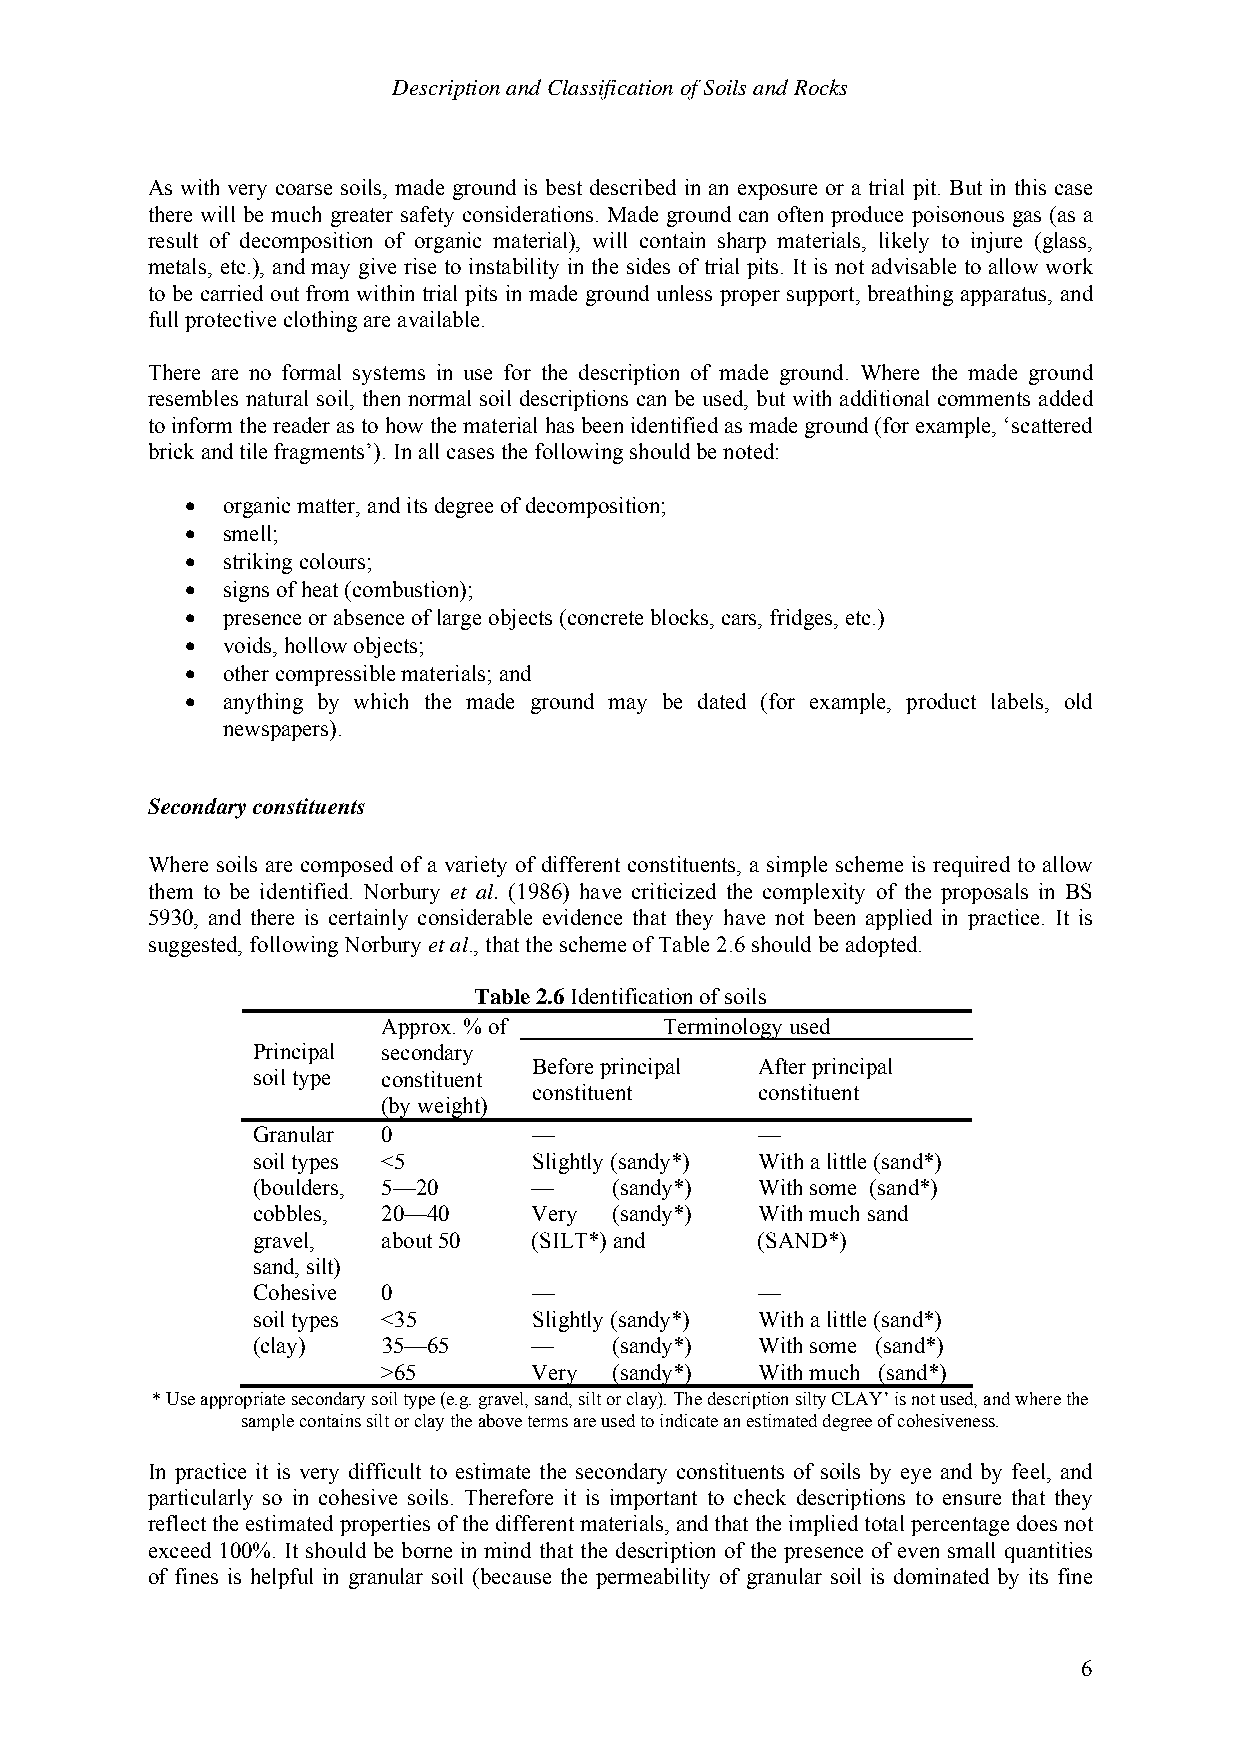
Description and Classification of Soils and Rocks
 As with very coarse soils, made ground is best described in an exposure or a trial pit. But in this case
 there will be much greater safety considerations. Made ground can often produce poisonous gas (as a
 result of decomposition of organic material), will contain sharp materials, likely to injure (glass,
 metals, etc.), and may give rise to instability in the sides of trial pits. It is not advisable to allow work
 to be carried out from within trial pits in made ground unless proper support, breathing apparatus, and
 full protective clothing are available.
 There are no formal systems in use for the description of made ground. Where the made ground
 resembles natural soil, then normal soil descriptions can be used, but with additional comments added
 to inform the reader as to how the material has been identified as made ground (for example, ‘scattered
 brick and tile fragments’). In all cases the following should be noted:
 •  organic matter, and its degree of decomposition;
 •  smell;
 •  striking colours;
 •  signs of heat (combustion);
 •  presence or absence of large objects (concrete blocks, cars, fridges, etc.)
 •  voids, hollow objects;
 •  other compressible materials; and
 •  anything by which the made ground may be dated (for example, product labels, old
 newspapers).
 Secondary constituents
 Where soils are composed of a variety of different constituents, a simple scheme is required to allow
 them to be identified. Norbury et al. (1986) have criticized the complexity of the proposals in BS
 5930, and there is certainly considerable evidence that they have not been applied in practice. It is
 suggested, following Norbury et al., that the scheme of Table 2.6 should be adopted.
 Table 2.6 Identification of soils
 Approx. % of       Terminology used
 Principal secondary
 Before principal After principal
 soil type constituent
 constituent    constituent
 (by weight)
 Granular 0        —              —
 soil types <5     Slightly (sandy*) With a little (sand*)
 (boulders, 5—20   —     (sandy*) With some (sand*)
 cobbles, 20—40    Very  (sandy*) With much sand
 gravel, about 50  (SILT*) and    (SAND*)
 sand, silt)
 Cohesive 0        —              —
 soil types <35    Slightly (sandy*) With a little (sand*)
 (clay)  35—65     —     (sandy*) With some (sand*)
 >65       Very  (sandy*) With much (sand*)
 * Use appropriate secondary soil type (e.g. gravel, sand, silt or clay). The description silty CLAY’ is not used, and where the
 sample contains silt or clay the above terms are used to indicate an estimated degree of cohesiveness.
 In practice it is very difficult to estimate the secondary constituents of soils by eye and by feel, and
 particularly so in cohesive soils. Therefore it is important to check descriptions to ensure that they
 reflect the estimated properties of the different materials, and that the implied total percentage does not
 exceed 100%. It should be borne in mind that the description of the presence of even small quantities
 of fines is helpful in granular soil (because the permeability of granular soil is dominated by its fine
 6